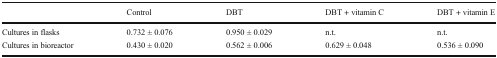
<table><thead><tr><td></td><td><b>Control</b></td><td><b>DBT</b></td><td><b>DBT + vitamin C</b></td><td><b>DBT + vitamin E</b></td></tr></thead><tbody><tr><td>Cultures in flasks</td><td>0.732 ± 0.076</td><td>0.950 ± 0.029</td><td>n.t.</td><td>n.t.</td></tr><tr><td>Cultures in bioreactor</td><td>0.430 ± 0.020</td><td>0.562 ± 0.006</td><td>0.629 ± 0.048</td><td>0.536 ± 0.090</td></tr></tbody></table>